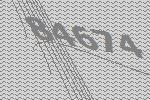
84674